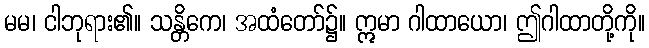
မမ၊ ငါဘုရား၏။ သန္တိကေ၊ အထံတော်၌။ ဣမာ ဂါထာယော၊ ဤဂါထာတို့ကို။